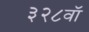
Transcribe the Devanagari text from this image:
३२८वॉ